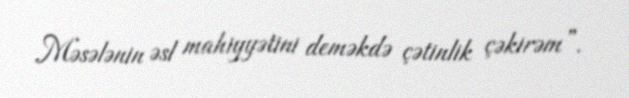
Məsələnin əsl mahiyyətini deməkdə çətinlik çəkirəm”.